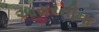
આયરનીના